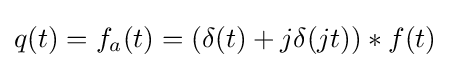
q(t)=f_{a}(t)=\left(\delta (t)+j\delta (jt)\right)*f(t)